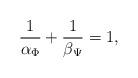
LaTeX: \begin{align*} \frac{1}{\alpha_{\Phi}}+\frac{1}{\beta_{\Psi}}=1,\end{align*}